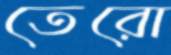
তেরো